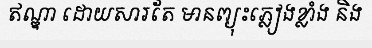
ឥណ្ឌា ដោយសារតែ មានព្យុះភ្លៀងខ្លាំង និង